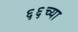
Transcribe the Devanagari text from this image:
६६च्या